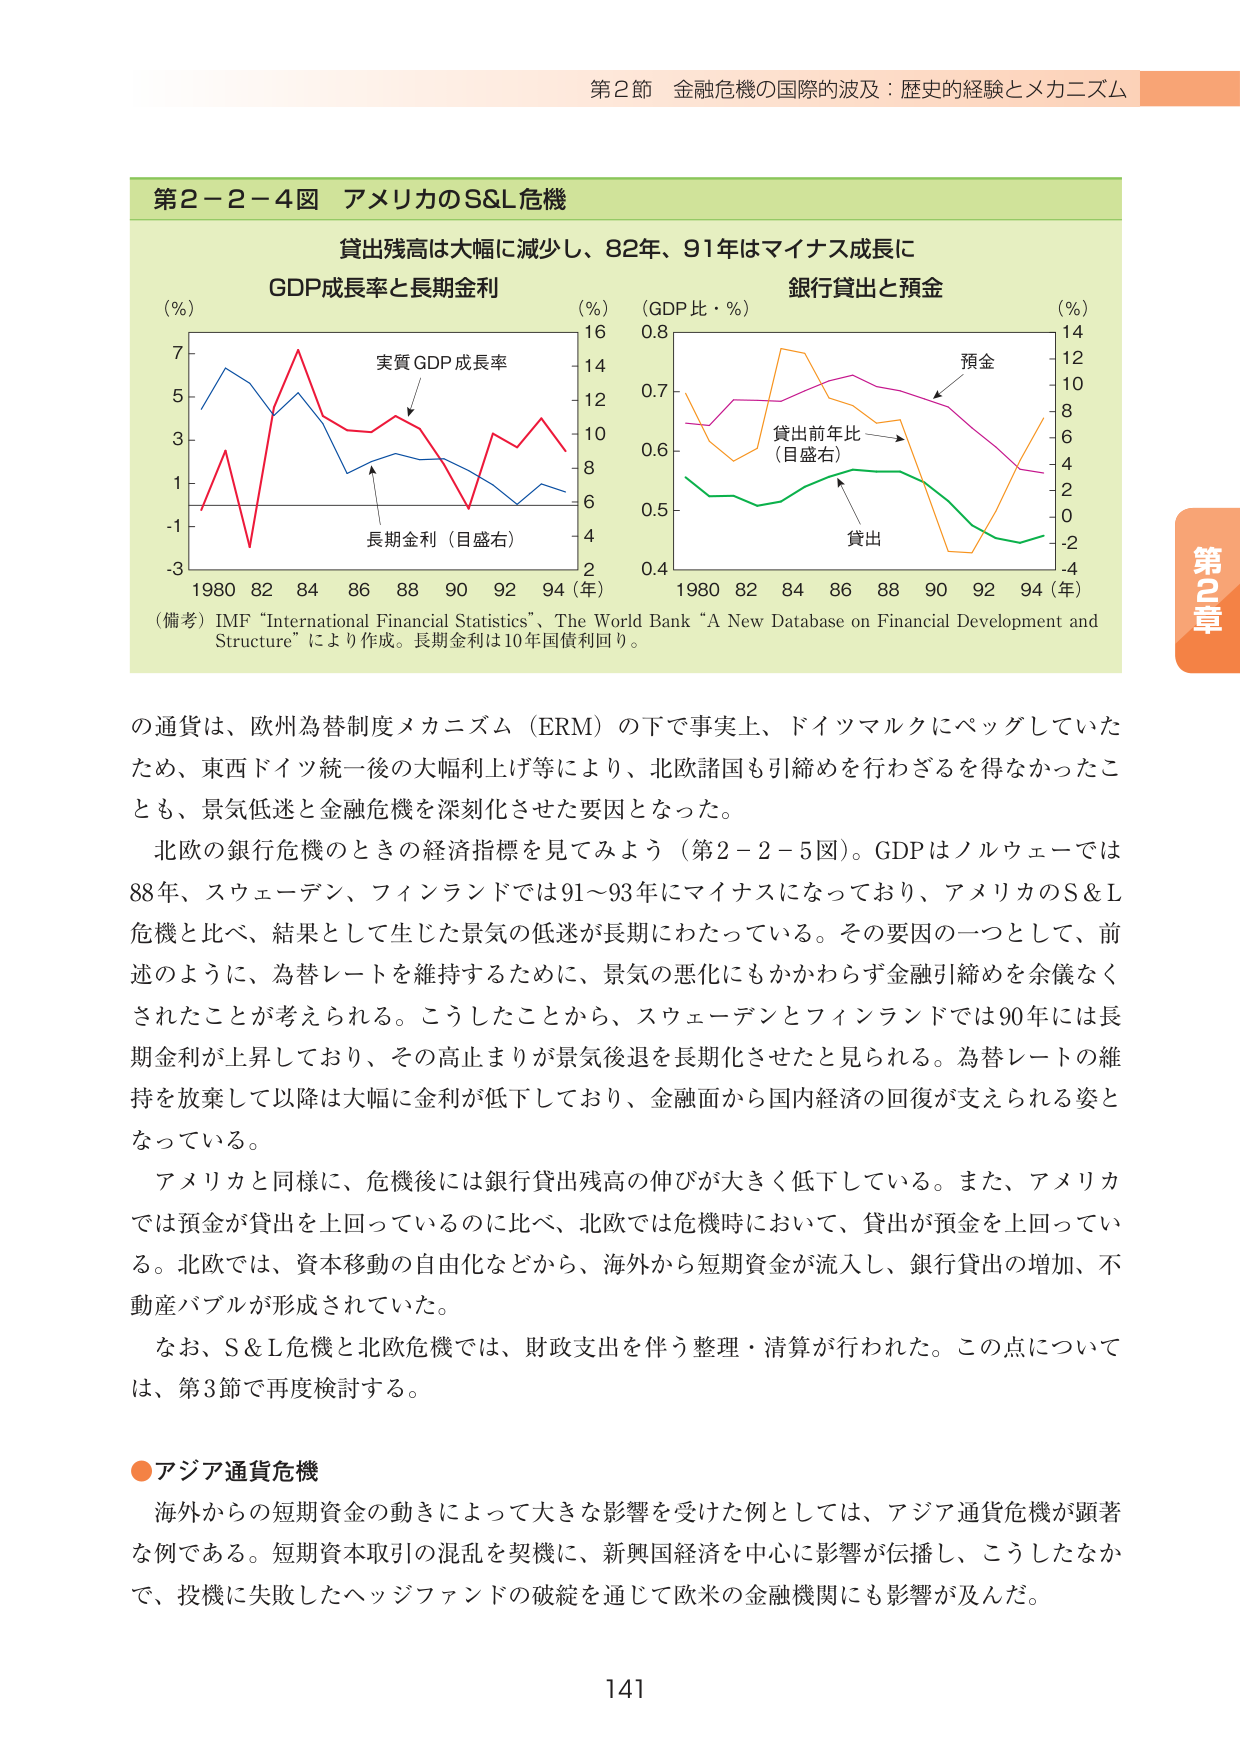
第2節 金融危機の国際的波及：歴史的経験とメカニズム

第2－2－4図 アメリカのS&L危機

貸出残高は大幅に減少し、82年、91年はマイナス成長に

GDP成長率と長期金利
(%) 16
7
5
3
1
-1
-3
1980 82 84 86 88 90 92 94 (年)
実質GDP成長率
長期金利（目盛右）

銀行貸出と預金
(%) (GDP比・%) (%) 14
0.8
12
0.7
10
0.6
8
0.5
6
0.4
4
2
0
-2
-4
1980 82 84 86 88 90 92 94 (年)
貸出前年比
（目盛右）
預金
貸出

（備考）IMF “International Financial Statistics”, The World Bank “A New Database on Financial Development and Structure” により作成。長期金利は10年国債利回り。

の通貨は、欧州為替制度メカニズム（ERM）の下で事実上、ドイツマルクにペッグしていたため、東西ドイツ統一後の大幅利上げ等により、北欧諸国も引締めを行わざるを得なかったことも、景気低迷と金融危機を深刻化させた要因となった。

北欧の銀行危機のときの経済指標を見てみよう（第2－2－5図）。GDPはノルウェーでは88年、スウェーデン、フィンランドでは91～93年にマイナスになっており、アメリカのS&L危機と比べ、結果として生じた景気の低迷が長期にわたっている。その要因の一つとして、前述のように、為替レートを維持するために、景気の悪化にもかかわらず金融引締めを余儀なくされたことが考えられる。こうしたことから、スウェーデンとフィンランドでは90年には長期金利が上昇しており、その高止まりが景気後退を長期化させたと見られる。為替レートの維持を放棄して以降は大幅に金利が低下しており、金融面から国内経済の回復が支えられる姿となっている。

アメリカと同様に、危機後には銀行貸出残高の伸びが大きく低下している。また、アメリカでは預金が貸出を上回っているのに比べ、北欧では危機時において、貸出が預金を上回っている。北欧では、資本移動の自由化などから、海外から短期資金が流入し、銀行貸出の増加、不動産バブルが形成されていた。

なお、S&L危機と北欧危機では、財政支出を伴う整理・清算が行われた。この点については、第3節で再度検討する。

●アジア通貨危機

海外からの短期資金の動きによって大きな影響を受けた例としては、アジア通貨危機が顕著な例である。短期資本取引の混乱を契機に、新興国経済を中心に影響が伝播し、こうしたなかで、投機に失敗したヘッジファンドの破綻を通じて欧米の金融機関にも影響が及んだ。

141

第2章